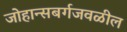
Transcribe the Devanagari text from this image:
जोहान्सबर्गजवळील